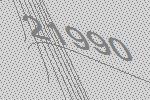
21990